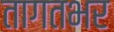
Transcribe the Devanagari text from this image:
तागतभर